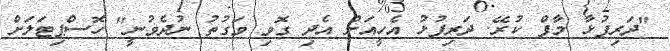
"ދަރިފުޅާ މާފް ކުރޭ. ދަރިފުޅު އެހީއަށް އެދި ގޮވި ވަގުތު ނުދެވުނީ" ހޮސްޕިޓަލަށް